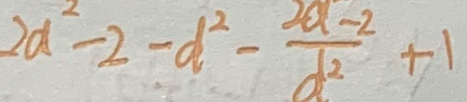
2 a ^ { 2 } - 2 - d ^ { 2 } - \frac { 2 a - 2 } { d ^ { 2 } } + 1